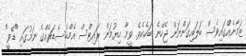
ޒަމާނެއްގައިވެސް ބަލައިގަންނަން ޖެހޭނެ ބަހެކެވެ. ވީމާ ހިޔުމަން ރައިޓްސް އެމްބެސެޑަރެއްގެ ނަމުގައި "ޑޭވީ"